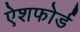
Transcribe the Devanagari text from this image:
ऐशफोर्ड